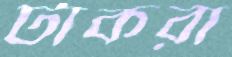
টাকরা